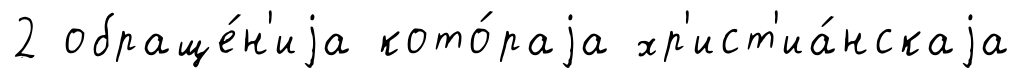
2 обраще́н'иjа кото́раjа хр'ист'иа́нскаjа